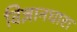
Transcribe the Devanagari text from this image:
विज्ञानधारा